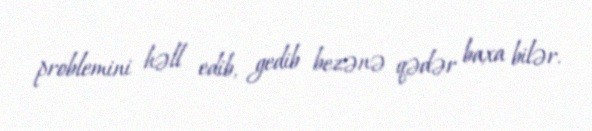
problemini həll edib, gedib bezənə qədər baxa bilər.